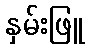
နှမ်းဖြူ